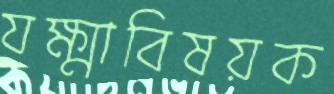
যক্ষ্মাবিষয়ক